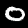
Label: 0